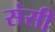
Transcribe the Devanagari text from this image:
संसी